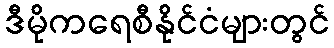
ဒီမိုကရေစီနိုင်ငံများတွင်